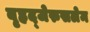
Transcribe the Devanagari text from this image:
बृहद्‌जेरुसलेम